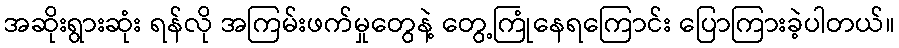
အဆိုးရွားဆုံး ရန်လို အကြမ်းဖက်မှုတွေနဲ့ တွေ့ကြုံနေရကြောင်း ပြောကြားခဲ့ပါတယ်။